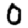
Digit: 0